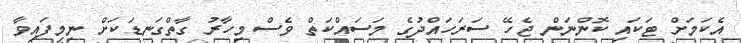
އެކަމަށް ޓަކައި ކޮންނަން ޖެހޭ ސަރަހައްދުގެ މަސައްކަތް ވެސް މިހާރު ގާތްގަނޑަކަށް ނިމިފައިވާ